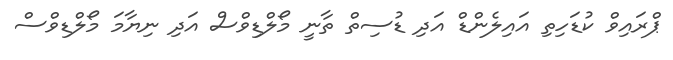
ޕްރައިވް ކުޑަހިތި އައިލެންޑް އަދި ޑުސިތް ތާނީ މޯލްޑިވްސް އަދި ނިޔާމަ މޯލްޑިވްސް